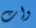
وات